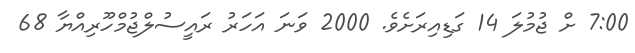
7:00 ށް ޖުމުލަ 14 ގަޑިއިރަށެވެ. 2000 ވަނަ އަހަރު ރައީސުލްޖުމްހޫރިއްޔާ 68